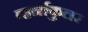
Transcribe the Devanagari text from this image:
व्हर्नाकुलर